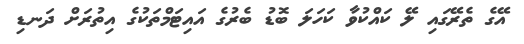
އޭގެ ތެރޭގައި ލޭ ކައްކުވާ ކަހަލަ ބޮޑު ބެރުގެ އައިޓަމްތަކުގެ އިތުރަށް ދަނޑި